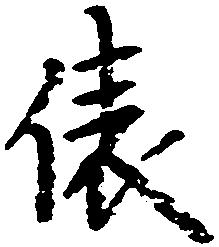
俵